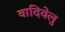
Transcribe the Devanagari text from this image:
वादिवेलु